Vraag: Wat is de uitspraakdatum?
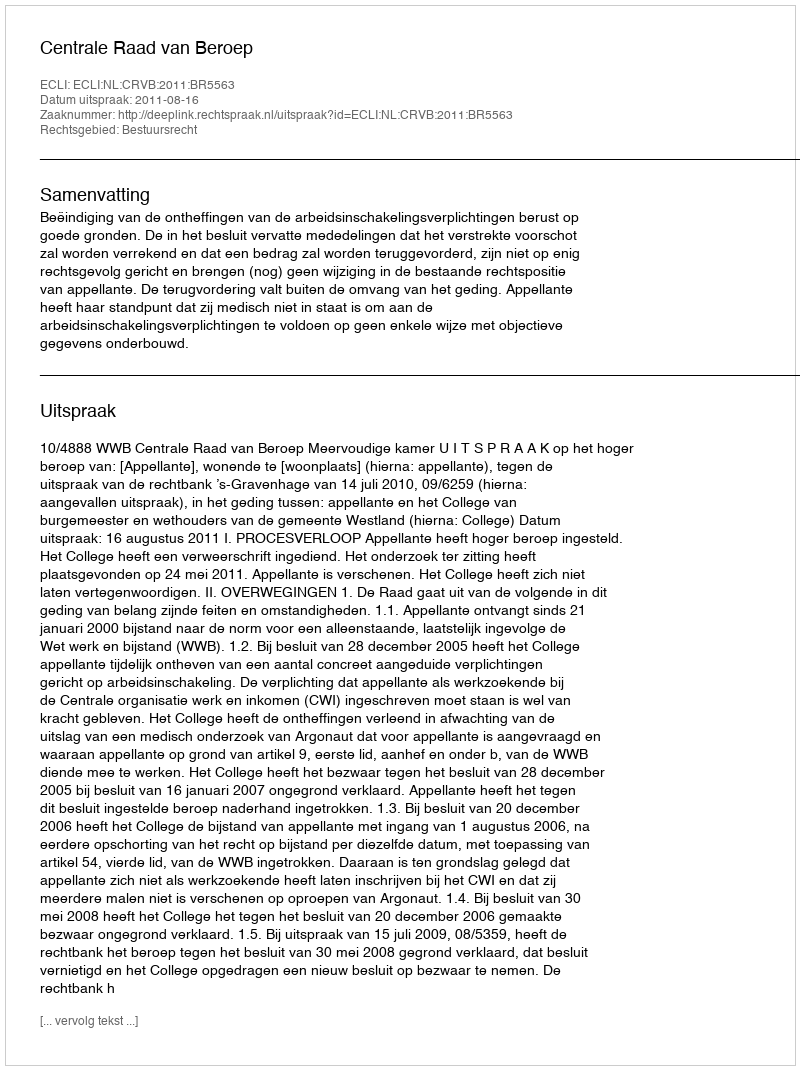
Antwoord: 2011-08-16